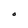
Character: O